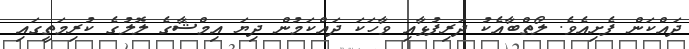
ދައްކަން ފެށިއެވެ. ލޯތްބާއެކު ދަރިފުޅާއި ވާހަކަ ދައްކަމުން ދިޔަ އިމްޝާގެ ލޮލުގެ ކުރިމަތީގައި